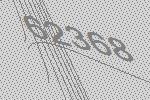
62368